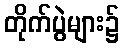
တိုက်ပွဲများ၌